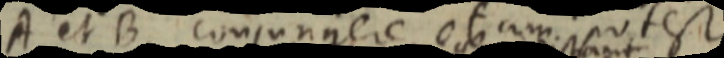
A et B conjungere etiam potest